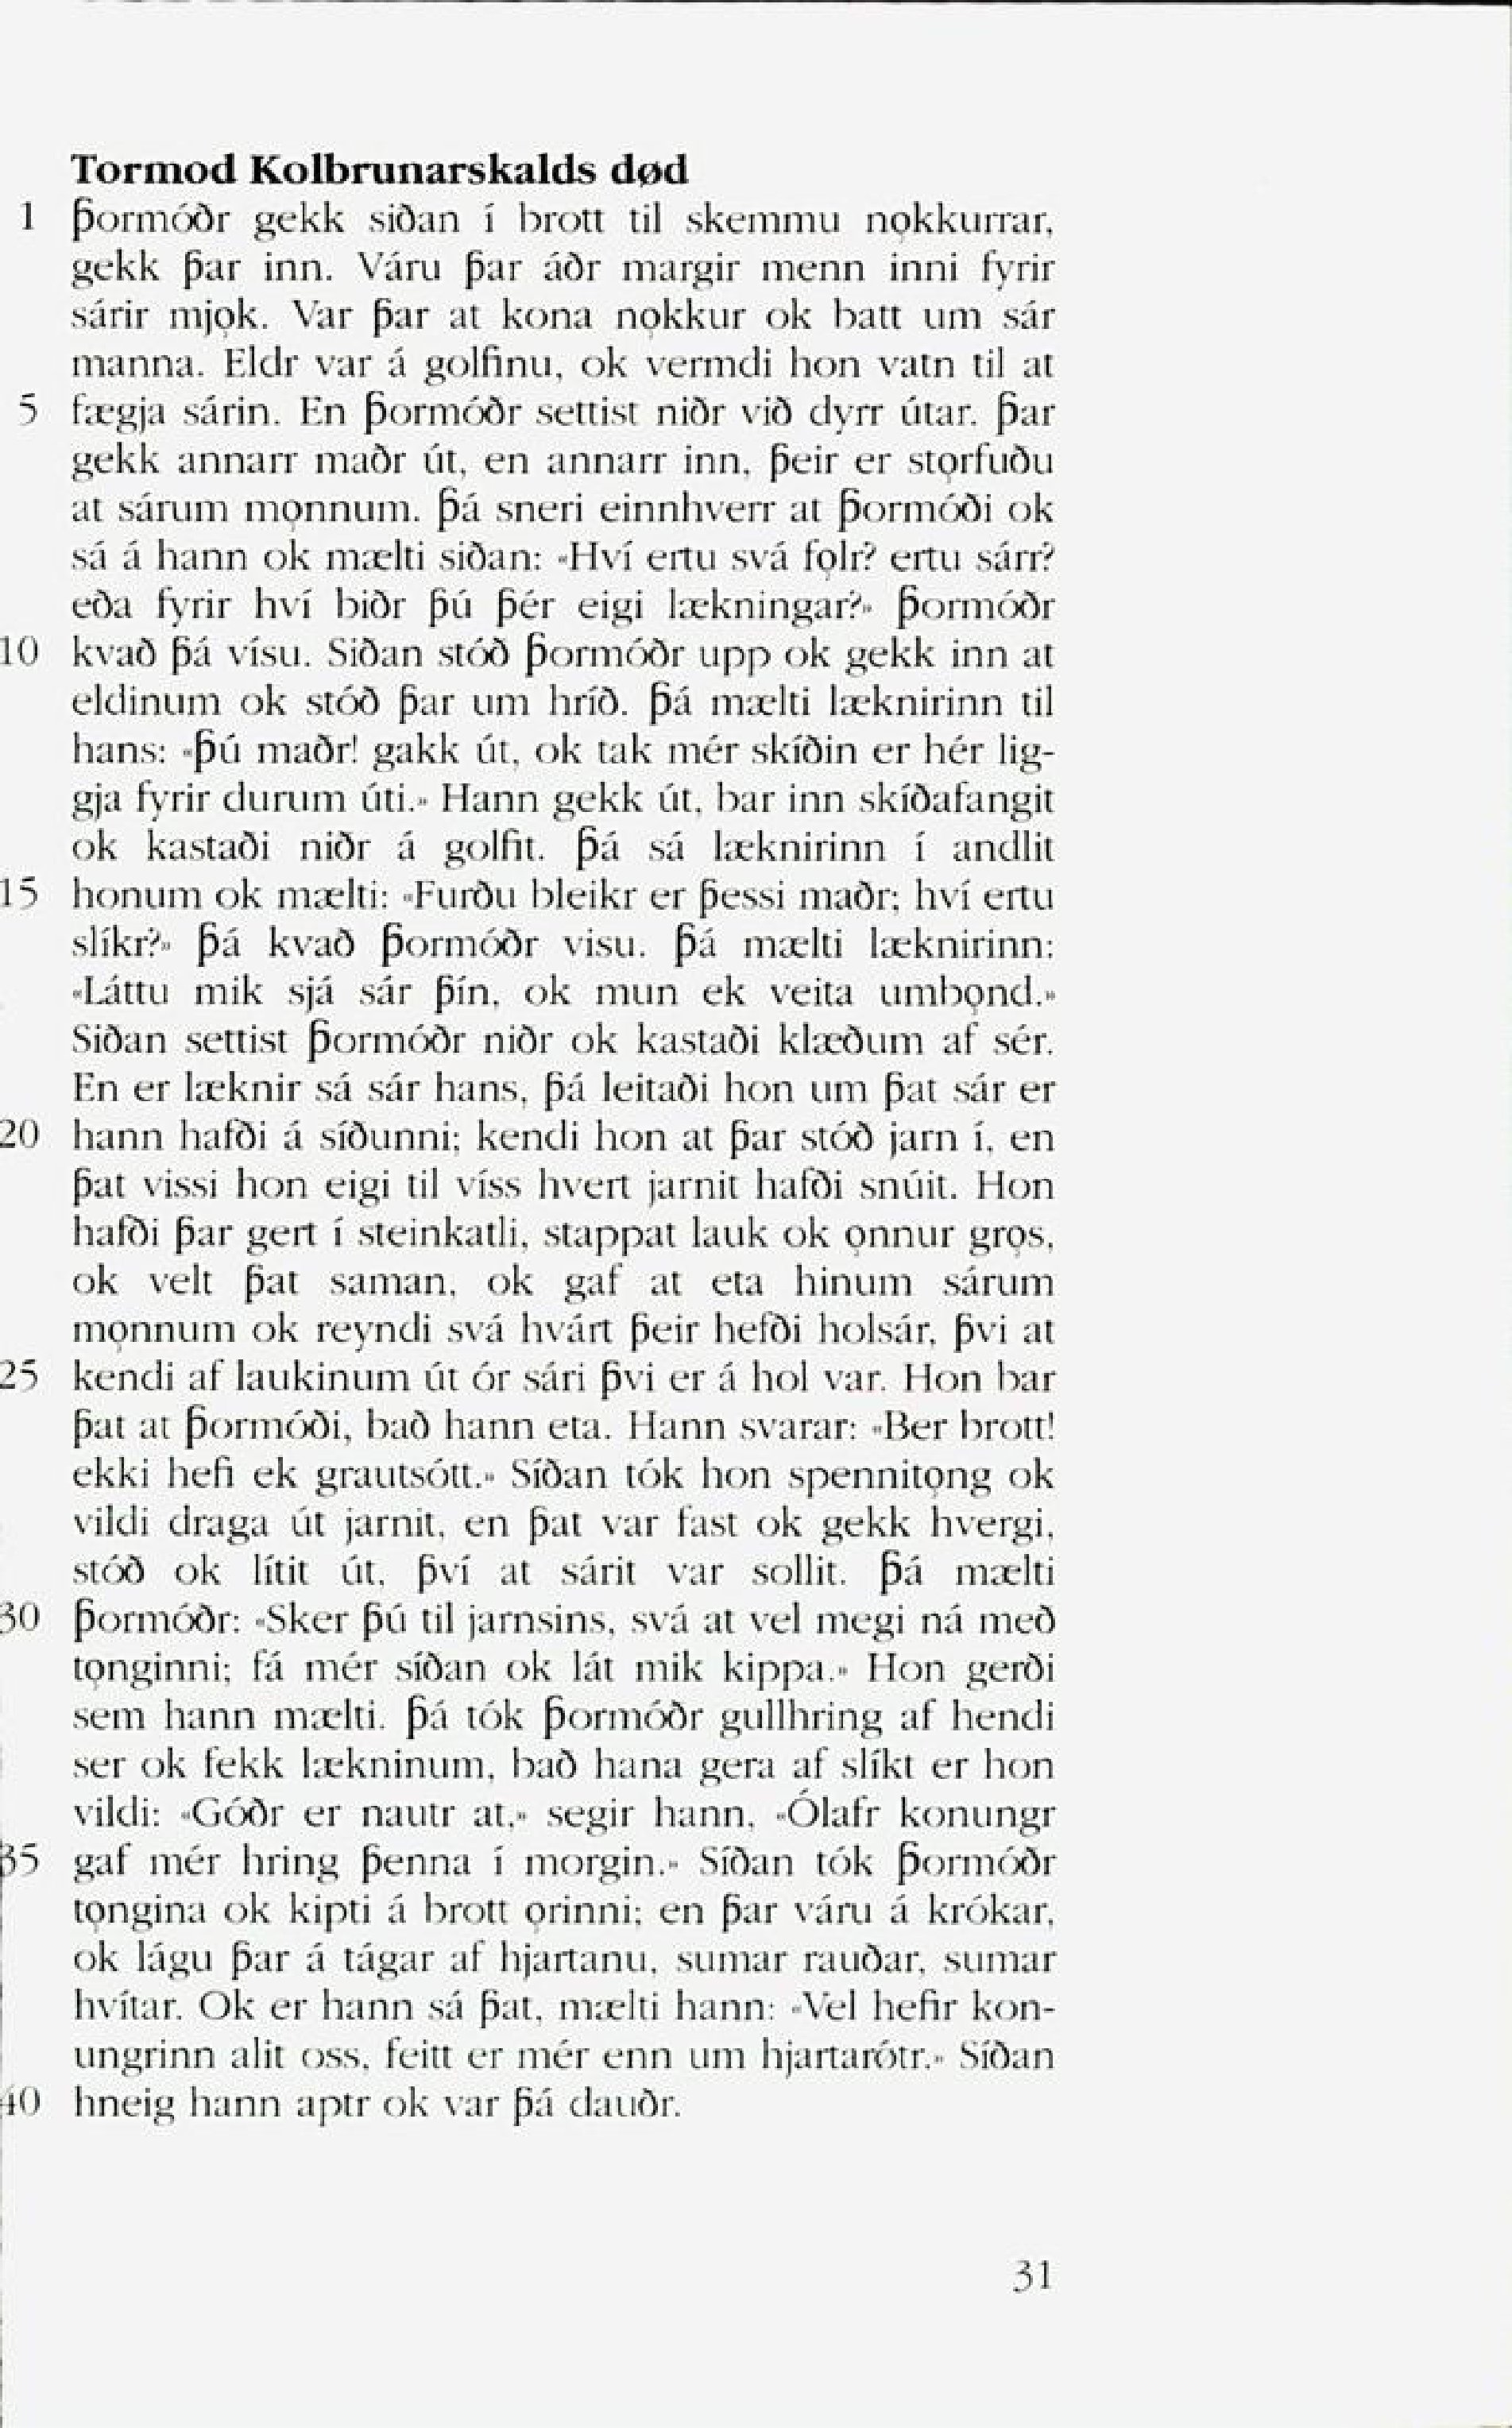
Language: no